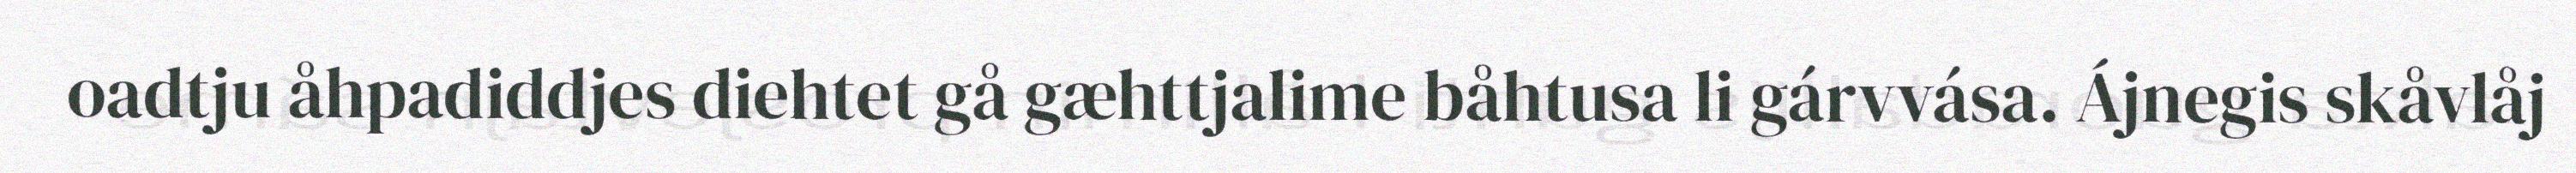
oadtju åhpadiddjes diehtet gå gæhttjalime båhtusa li gárvvása. Ájnegis skåvlåj